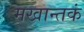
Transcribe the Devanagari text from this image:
मखान्तकं